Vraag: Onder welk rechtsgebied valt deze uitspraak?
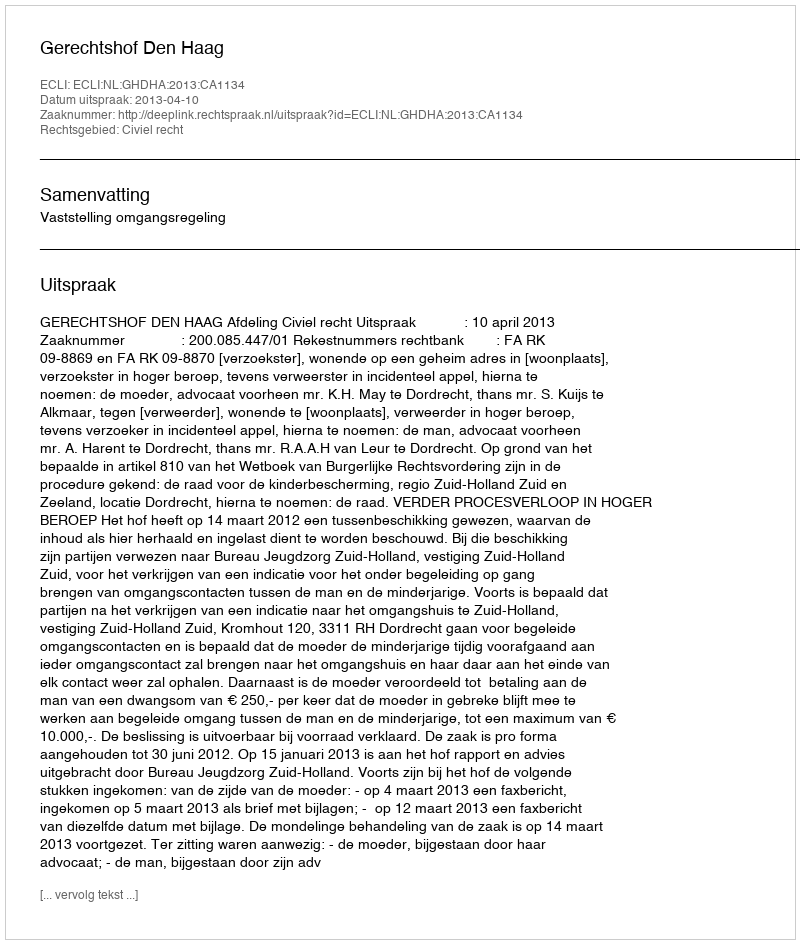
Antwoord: Civiel recht